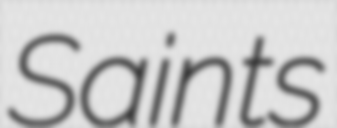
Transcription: Saints